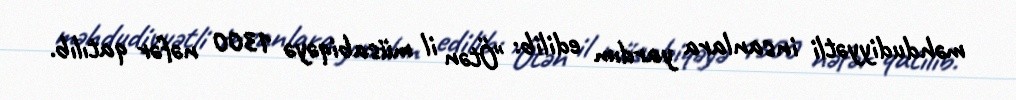
məhdudiyyətli insanlara yardım edilib: "Ötən il müsabiqəyə 1300 nəfər qatılıb.